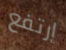
إرتفع